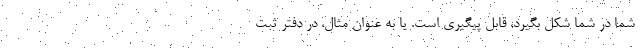
شما در شما شکل بگیرد، قابل پیگیری است. یا به عنوان مثال، در دفتر ثبت